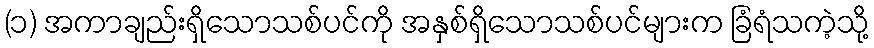
(၁) အကာချည်းရှိသောသစ်ပင်ကို အနှစ်ရှိသောသစ်ပင်များက ခြံရံသကဲ့သို့